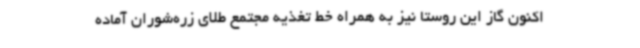
اکنون گاز این روستا نیز به همراه خط تغذیه مجتمع طلای زره‌شوران آماده